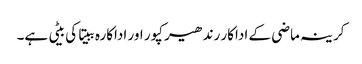
کرینہ ماضی کے اداکار رندھیر کپور اور اداکارہ ببیتا کی بیٹی ہے۔